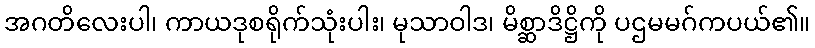
အဂတိလေးပါ၊ ကာယဒုစရိုက်သုံးပါး၊ မုသာဝါဒ၊ မိစ္ဆာဒိဋ္ဌိကို ပဌမမဂ်ကပယ်၏။